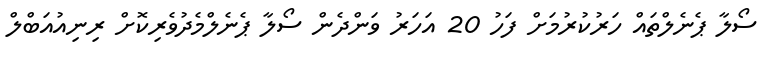
ސޯލާ ޕެނެލްތައް ހަރުކުރުމަށް ފަހު 20 އަހަރު ވަންދެން ސޯލާ ޕެނެލްމެދުވެރިކޮށް ރިނިއުއަބްލް